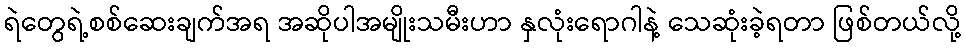
ရဲတွေရဲ့စစ်ဆေးချက်အရ အဆိုပါအမျိုးသမီးဟာ နှလုံးရောဂါနဲ့ သေဆုံးခဲ့ရတာ ဖြစ်တယ်လို့